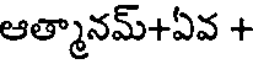
ఆత్మానమ్+ఏవ +